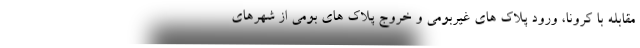
مقابله با کرونا، ورود پلاک های غیربومی و خروج پلاک های بومی از شهرهای